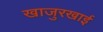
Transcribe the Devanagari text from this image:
खाजुरखाई